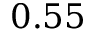
0 . 5 5